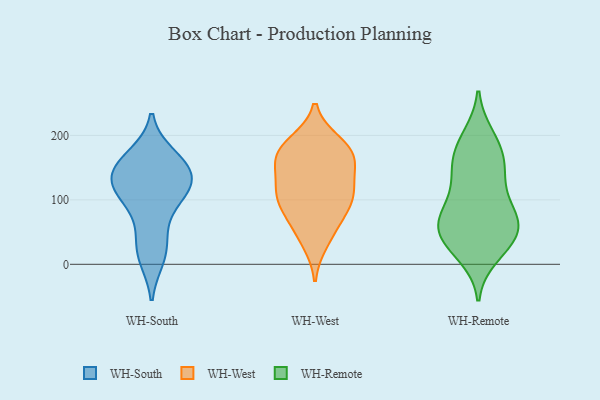
{"axis": {"x": "Churn Rate (%)", "y": "Value"}, "legend": ["WH-Remote", "WH-South", "WH-West"], "data": [{"x": "", "y": 158, "type": "WH-South"}, {"x": "", "y": 144, "type": "WH-South"}, {"x": "", "y": 105, "type": "WH-South"}, {"x": "", "y": 151, "type": "WH-South"}, {"x": "", "y": 11, "type": "WH-South"}, {"x": "", "y": 128, "type": "WH-South"}, {"x": "", "y": 113, "type": "WH-South"}, {"x": "", "y": 133, "type": "WH-South"}, {"x": "", "y": 52, "type": "WH-South"}, {"x": "", "y": 20, "type": "WH-South"}, {"x": "", "y": 167, "type": "WH-South"}, {"x": "", "y": 104, "type": "WH-South"}, {"x": "", "y": 98, "type": "WH-West"}, {"x": "", "y": 167, "type": "WH-West"}, {"x": "", "y": 99, "type": "WH-West"}, {"x": "", "y": 55, "type": "WH-West"}, {"x": "", "y": 183, "type": "WH-West"}, {"x": "", "y": 122, "type": "WH-West"}, {"x": "", "y": 105, "type": "WH-West"}, {"x": "", "y": 154, "type": "WH-West"}, {"x": "", "y": 188, "type": "WH-West"}, {"x": "", "y": 120, "type": "WH-West"}, {"x": "", "y": 77, "type": "WH-West"}, {"x": "", "y": 171, "type": "WH-West"}, {"x": "", "y": 165, "type": "WH-West"}, {"x": "", "y": 35, "type": "WH-West"}, {"x": "", "y": 53, "type": "WH-Remote"}, {"x": "", "y": 95, "type": "WH-Remote"}, {"x": "", "y": 137, "type": "WH-Remote"}, {"x": "", "y": 61, "type": "WH-Remote"}, {"x": "", "y": 57, "type": "WH-Remote"}, {"x": "", "y": 90, "type": "WH-Remote"}, {"x": "", "y": 45, "type": "WH-Remote"}, {"x": "", "y": 68, "type": "WH-Remote"}, {"x": "", "y": 26, "type": "WH-Remote"}, {"x": "", "y": 158, "type": "WH-Remote"}, {"x": "", "y": 175, "type": "WH-Remote"}, {"x": "", "y": 160, "type": "WH-Remote"}, {"x": "", "y": 196, "type": "WH-Remote"}, {"x": "", "y": 53, "type": "WH-Remote"}, {"x": "", "y": 13, "type": "WH-Remote"}, {"x": "", "y": 147, "type": "WH-Remote"}, {"x": "", "y": 199, "type": "WH-Remote"}, {"x": "", "y": 24, "type": "WH-Remote"}, {"x": "", "y": 69, "type": "WH-Remote"}, {"x": "", "y": 112, "type": "WH-Remote"}]}